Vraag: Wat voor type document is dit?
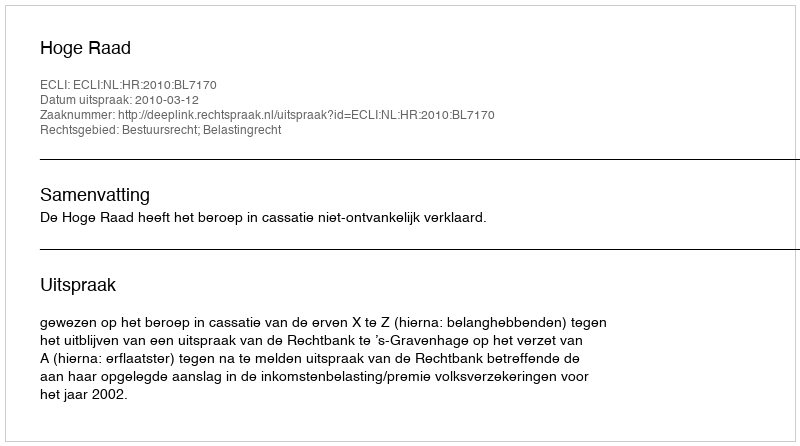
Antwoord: Uitspraak